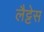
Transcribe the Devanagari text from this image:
लैट्टेस